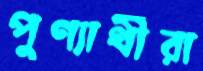
পুণ্যার্থীরা